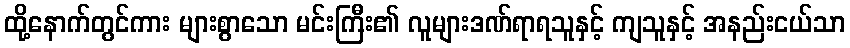
ထို့နောက်တွင်ကား များစွာသော မင်းကြီး၏ လူများဒဏ်ရာရသူနှင့် ကျသူနှင့် အနည်းငယ်သာ